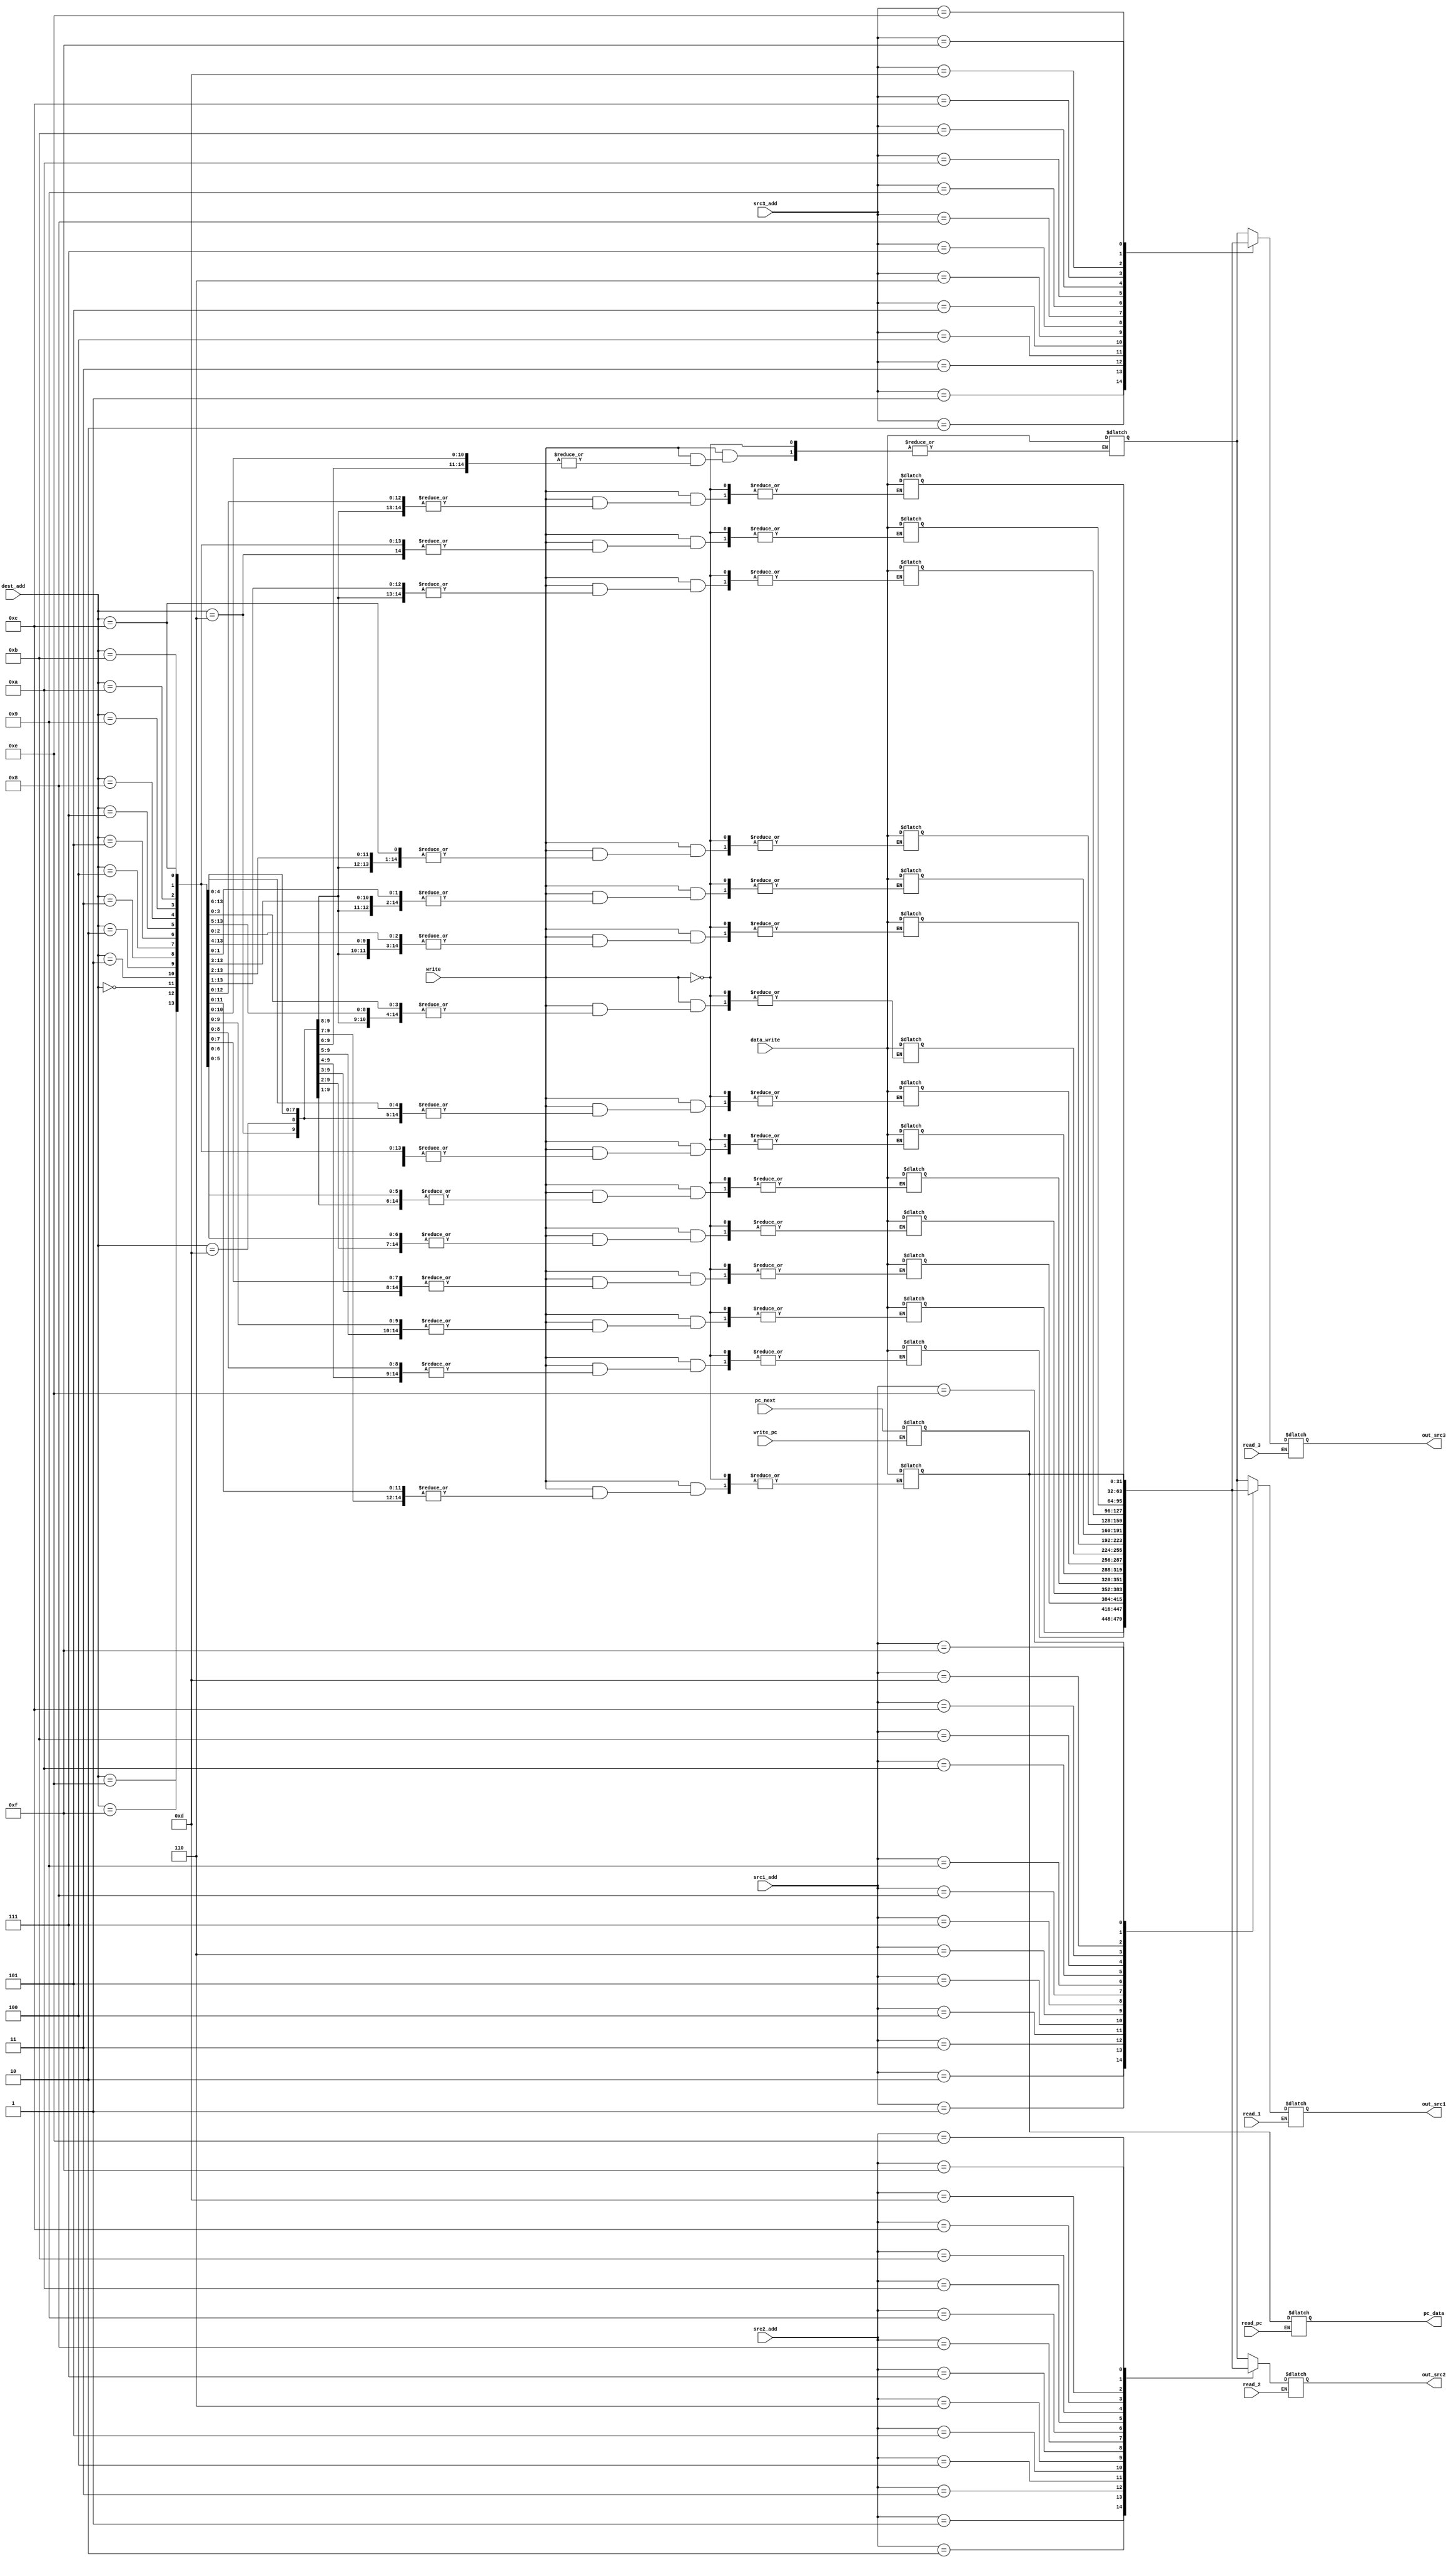
module register_32(read_1,read_2,read_3,read_pc,write,write_pc,src1_add,src2_add,src3_add,dest_add,data_write,pc_next,pc_data,out_src1,out_src2,out_src3);
  input [31:0] data_write,pc_next;
  input [3:0] src1_add,src2_add,src3_add,dest_add;
  input read_1,read_2,read_3,read_pc,write,write_pc;
  output [31:0] out_src1,out_src2,out_src3,pc_data; // output src3 to be used in case of shift using register content
  
  wire read_1,read_2,read_3,read_pc,write,write_pc;
  wire [31:0] data_write,pc_next;                   
  wire [3:0] src1_add,src2_add,src3_add,dest_add;    //addresses of register src1,src2,src3
  reg [31:0]register_file[15:0];
  reg [31:0] out_src1,out_src2,out_src3,pc_data;
  
  initial
  begin
    register_file[4'd1]=32'h00000001;
    register_file[4'd2]=32'h00000002;
    register_file[4'd3]=32'h00000002;
    register_file[4'd4]=32'h00000011;
    register_file[4'd5]=32'h2736ad89;
    register_file[4'd6]=32'h98236bcd;
    register_file[4'd7]=32'h173256ab;
    register_file[4'd8]=32'habcdef12;
    register_file[4'd9]=32'hbdac1908;
    register_file[4'd10]=32'h63738209;
    register_file[4'd11]=32'h19191881;
    register_file[4'd12]=32'h28927364;
    register_file[4'd13]=32'h10355538;
    register_file[4'd14]=32'h12736783;
    register_file[4'd15]=32'h00000000;
  end
     
    
  
  
  always@(read_1)
  begin
    if(read_1)          // read signal for first register
      begin
        out_src1=register_file[src1_add];
      end
    else
      begin
        out_src1=out_src1;
        //or out_src1<=32'hxxxxxxxx;
      end
    
  end
  
  always@(read_2)
  begin
    if(read_2)          // read signal for second register read
      begin
        out_src2=register_file[src2_add];
      end
    else
      begin
        out_src2=out_src2;
      end
  end
  
  
  always@(read_3)
  begin
    if(read_3)          //read signal for third register read
      begin
        out_src3=register_file[src3_add];
      end
    else
      begin
        out_src3=out_src3;
      end
  end
  
  
    
    
  always@(write)
  begin
    // introduce an arbiter and use multiple driver resolution function
    if(write)
      begin
        register_file[dest_add]=data_write;
      end
  end
  
  always@(read_pc)
  begin
    if(read_pc)
      pc_data=register_file[4'd15];
    else
      pc_data=pc_data;
  end
  
  always@(write_pc)
  begin
    if(write_pc)
      register_file[4'd15]=pc_next;
  end
      
    
      
endmodule